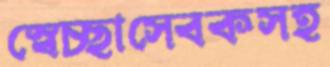
স্বেচ্ছাসেবকসহ